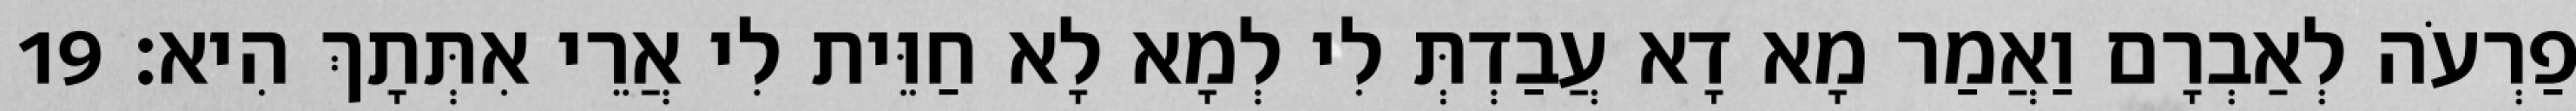
פַרְעֹה לְאַבְרָם וַאֲמַר מָא דָא עֲבַדְתְּ לִי לְמָא לָא חַוֵּית לִי אֲרֵי אִתְּתָךְ הִיא׃ 19